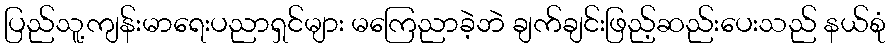
ပြည်သူ့ကျန်းမာရေးပညာရှင်များ မကြေညာခဲ့ဘဲ ချက်ချင်းဖြည့်ဆည်းပေးသည် နယ်စုံ